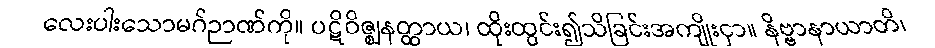
လေးပါးသောမဂ်ဉာဏ်ကို။ ပဋိဝိဇ္ဈနတ္ထာယ၊ ထိုးထွင်း၍သိခြင်းအကျိုးငှာ။ နိဗ္ဗာနာယာတိ၊